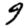
Digit: 9